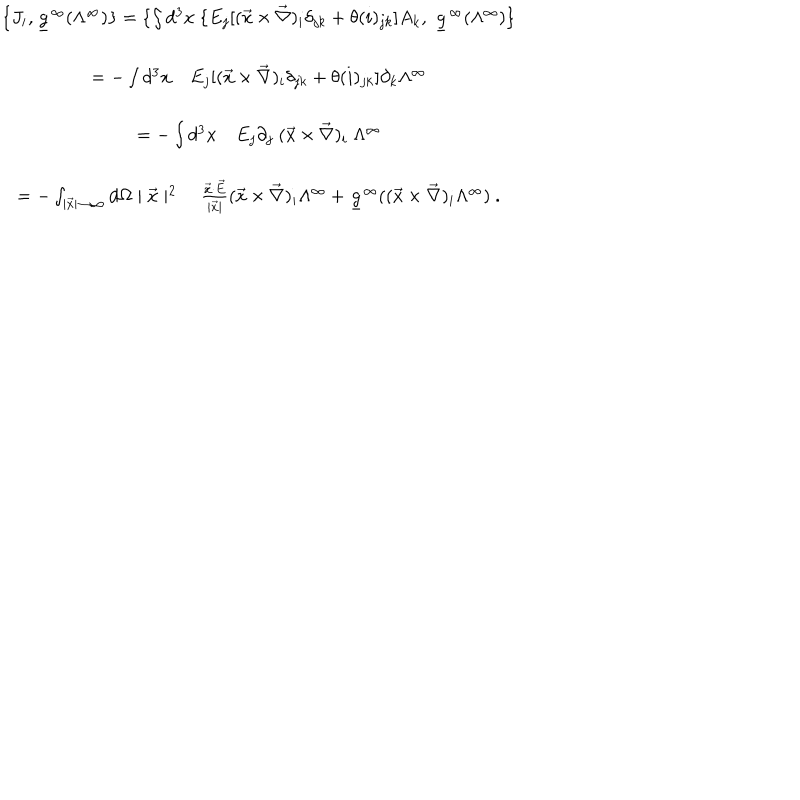
LaTeX: \begin{array} { c } { { \{ J _ { i } , \underline { { { g } } } ^ { \infty } ( \Lambda ^ { \infty } ) \} = \{ \int d ^ { 3 } x \ \{ E _ { j } [ ( \vec { x } \times \vec { \nabla } ) _ { i } \delta _ { j k } + \theta ( i ) _ { j k } ] A _ { k } , \ \underline { { { g } } } ^ { \infty } ( \Lambda ^ { \infty } ) \} } } \\ { { = - \int d ^ { 3 } x \quad E _ { j } [ ( \vec { x } \times \vec { \nabla } ) _ { i } \delta _ { j k } + \theta ( i ) _ { j k } ] \partial _ { k } \Lambda ^ { \infty } } } \\ { { = - \int d ^ { 3 } x \quad E _ { j } \partial _ { j } \ ( \vec { x } \times \vec { \nabla } ) _ { i } \ \Lambda ^ { \infty } } } \\ { { = - \int _ { \mid \vec { x } \mid \rightarrow \infty } d \Omega \mid \vec { x } \mid ^ { 2 } \quad \frac { \vec { x } \cdot \vec { E } } { \mid \vec { x } \mid } ( \vec { x } \times \vec { \nabla } ) _ { i } \Lambda ^ { \infty } + \underline { { { g } } } ^ { \infty } ( ( \vec { x } \times \vec { \nabla } ) _ { i } \Lambda ^ { \infty } ) \ . } } \\ \end{array}